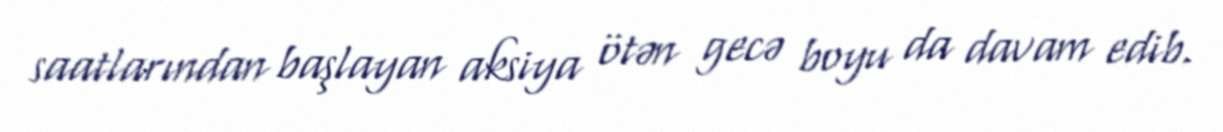
saatlarından başlayan aksiya ötən gecə boyu da davam edib.